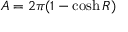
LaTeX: A = 2 \pi ( 1 - \cosh R )